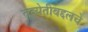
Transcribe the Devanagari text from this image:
तब्येतीबद्दलचे